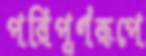
পরিপূর্ণরূপে